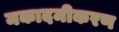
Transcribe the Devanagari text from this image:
मकादमीकरण